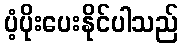
ပံ့ပိုးပေးနိုင်ပါသည်